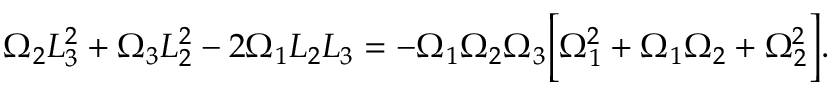
\Omega _ { 2 } L _ { 3 } ^ { 2 } + \Omega _ { 3 } L _ { 2 } ^ { 2 } - 2 \Omega _ { 1 } L _ { 2 } L _ { 3 } = - \Omega _ { 1 } \Omega _ { 2 } \Omega _ { 3 } \Big [ \Omega _ { 1 } ^ { 2 } + \Omega _ { 1 } \Omega _ { 2 } + \Omega _ { 2 } ^ { 2 } \Big ] .